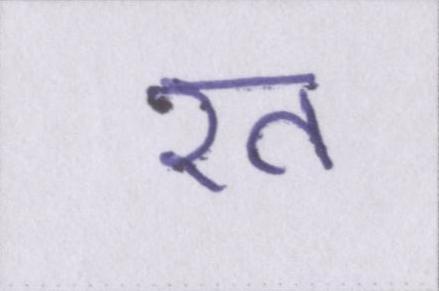
रत